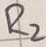
Text: R2